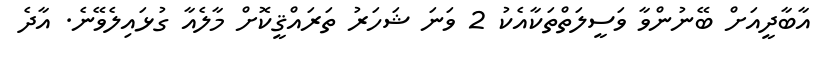
އާބާދީއަށް ބޭނުންވާ ވަސީލަތްތަކާއެކު 2 ވަނަ ޝަހަރު ތަރައްޤީކޮށް މާލެއާ ގުޅައިލެވޭނެ. އާދެ